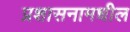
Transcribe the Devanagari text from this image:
प्रशासनामधील